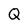
Character: Q